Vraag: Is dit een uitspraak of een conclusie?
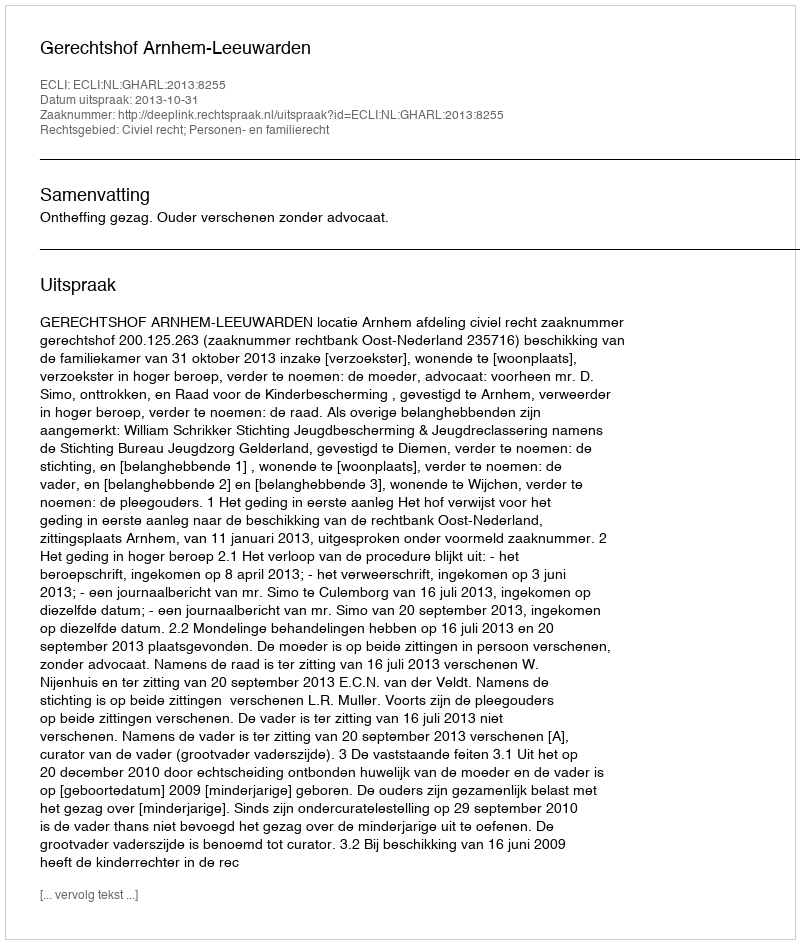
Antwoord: Uitspraak